Indian journal of veterinary science and animal husbandry - Volumes 26-27, 1956-1957
Year: 1956
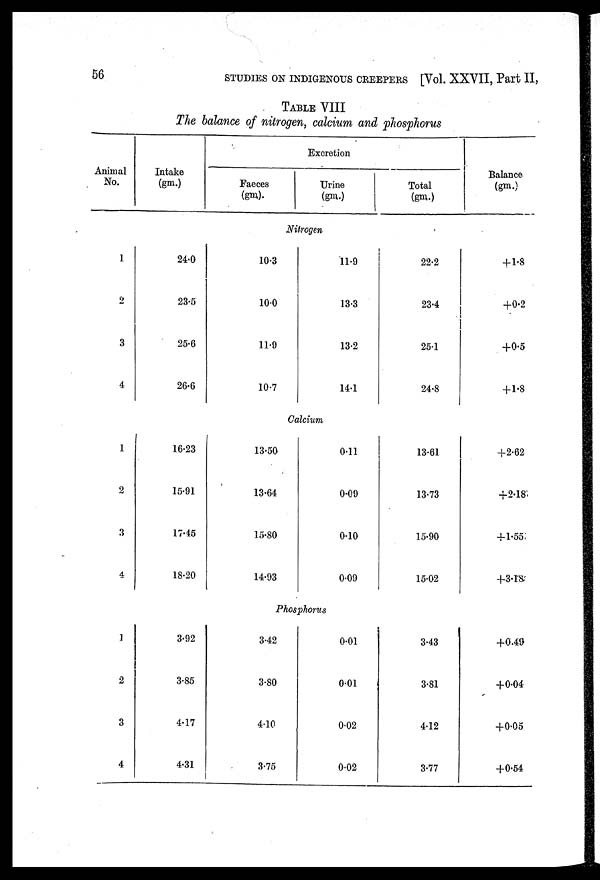
56 STUDIES ON INDIGENOUS CREEPERS [Vol. XXVII, Part II,
TABLE VIII
The balance of nitrogen, calcium and phosphorus
Animal
No.
1
2
3
4
1
2
3
4
1
2
3
4
Intake
(gm.)
Excretion
Faeces
(gm).
Urine
(gm.)
Total
(gm.)
Balance.
(gm.)
Nitrogen
24.0
23.5
25.6
26.6
10.3
10.0
11.9
10.7
11.9
13.3
13.2
14.1
22.2
23.4
25.1
24.8
+ 1.8
+0.2
+0.5
+ 1.8
Calcium
16.23
15.91
17.45
18.20
13.50
13.64
15.80
14.93
0.11
0.09
0.10
0.09
13.61
13.73
15.90
15.02
+2.62
+2.18
+1.55
+3.18
Phosphorus
3.92
3.85
4.17
4.31
3.42
3.80
4.10
3.75
0.01
0.01
0.02
0.02
3.43
3.81
4.12
3.77
+0.49
+0.04
+0.05
+0.54